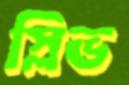
স্লিভ